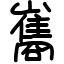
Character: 巂